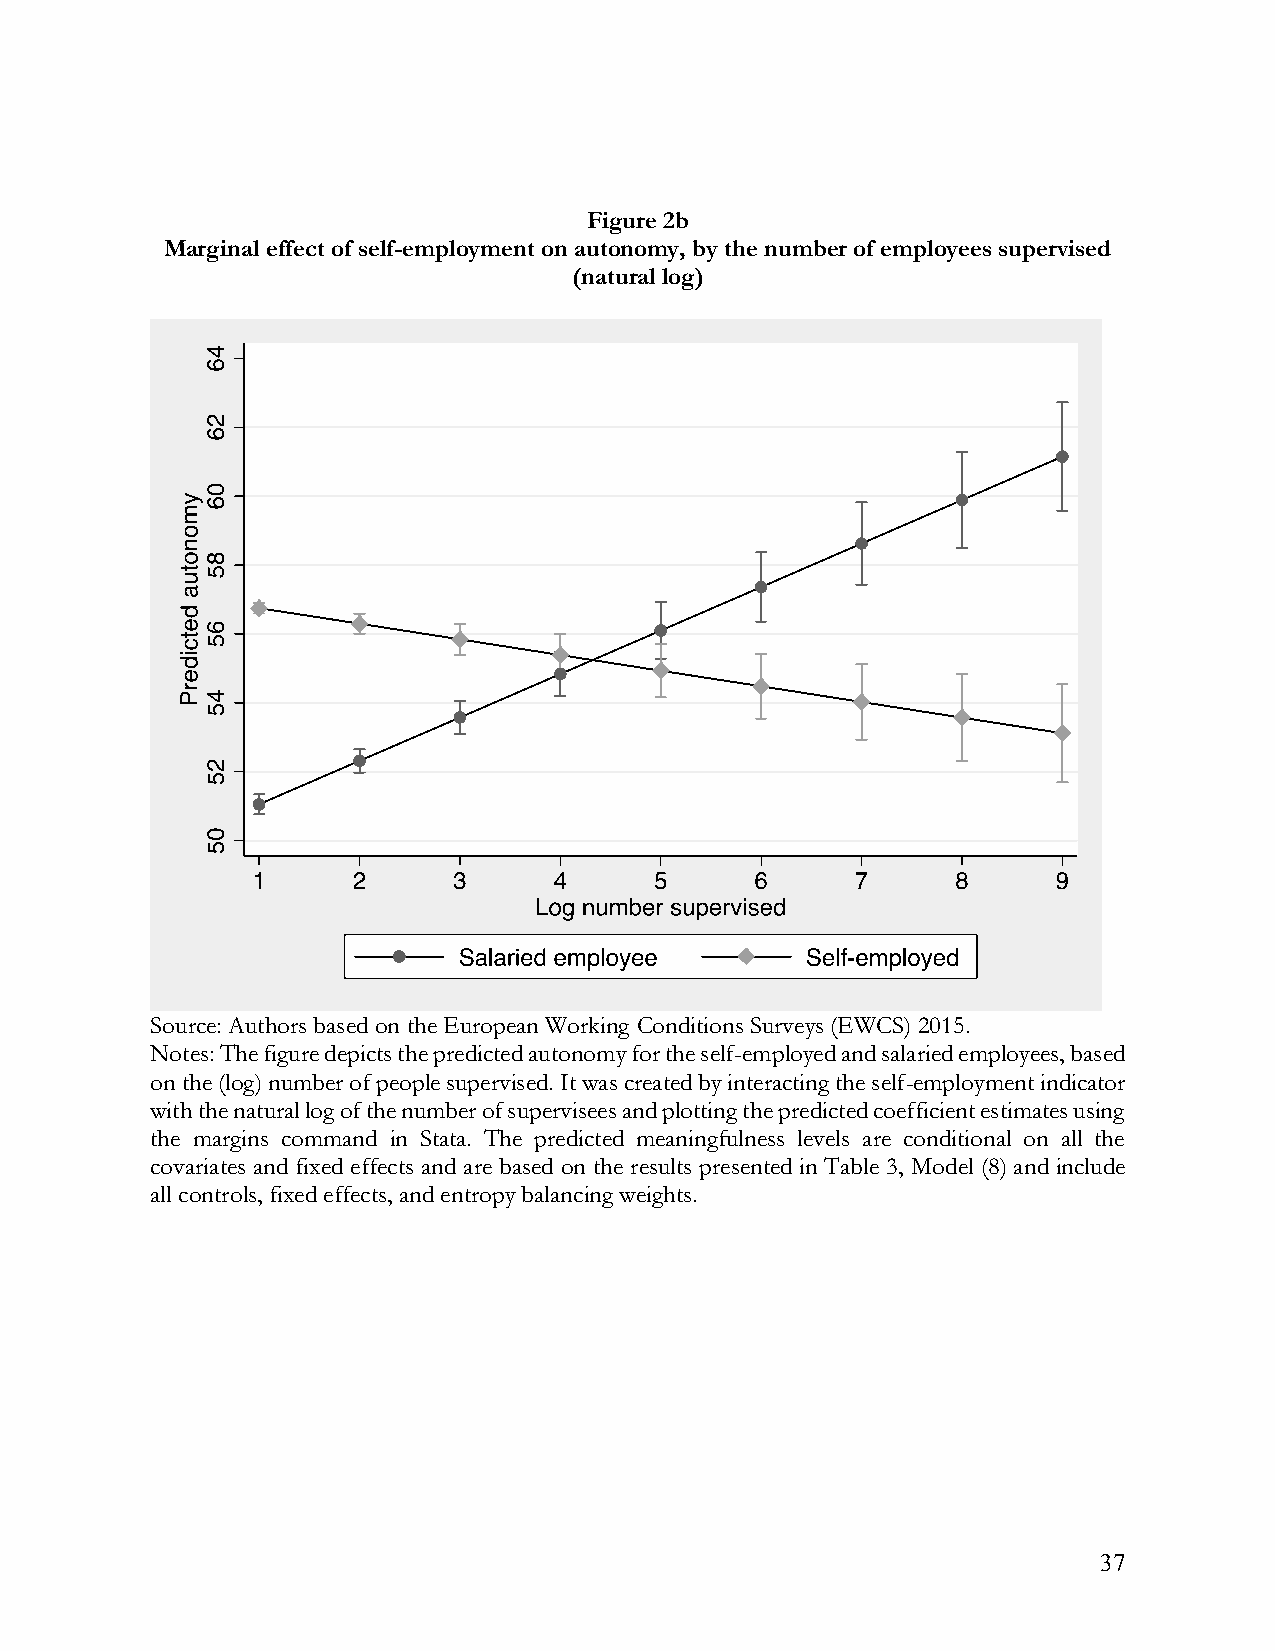
Figure 2b
 Marginal effect of self-employment on autonomy, by the number of employees supervised
 (natural log)
 Source: Authors based on the European Working Conditions Surveys (EWCS) 2015.
 Notes: The figure depicts the predicted autonomy for the self-employed and salaried employees, based
 on the (log) number of people supervised. It was created by interacting the self-employment indicator
 with the natural log of the number of supervisees and plotting the predicted coefficient estimates using
 the margins command in Stata. The predicted meaningfulness levels are conditional on all the
 covariates and fixed effects and are based on the results presented in Table 3, Model (8) and include
 all controls, fixed effects, and entropy balancing weights.
 37